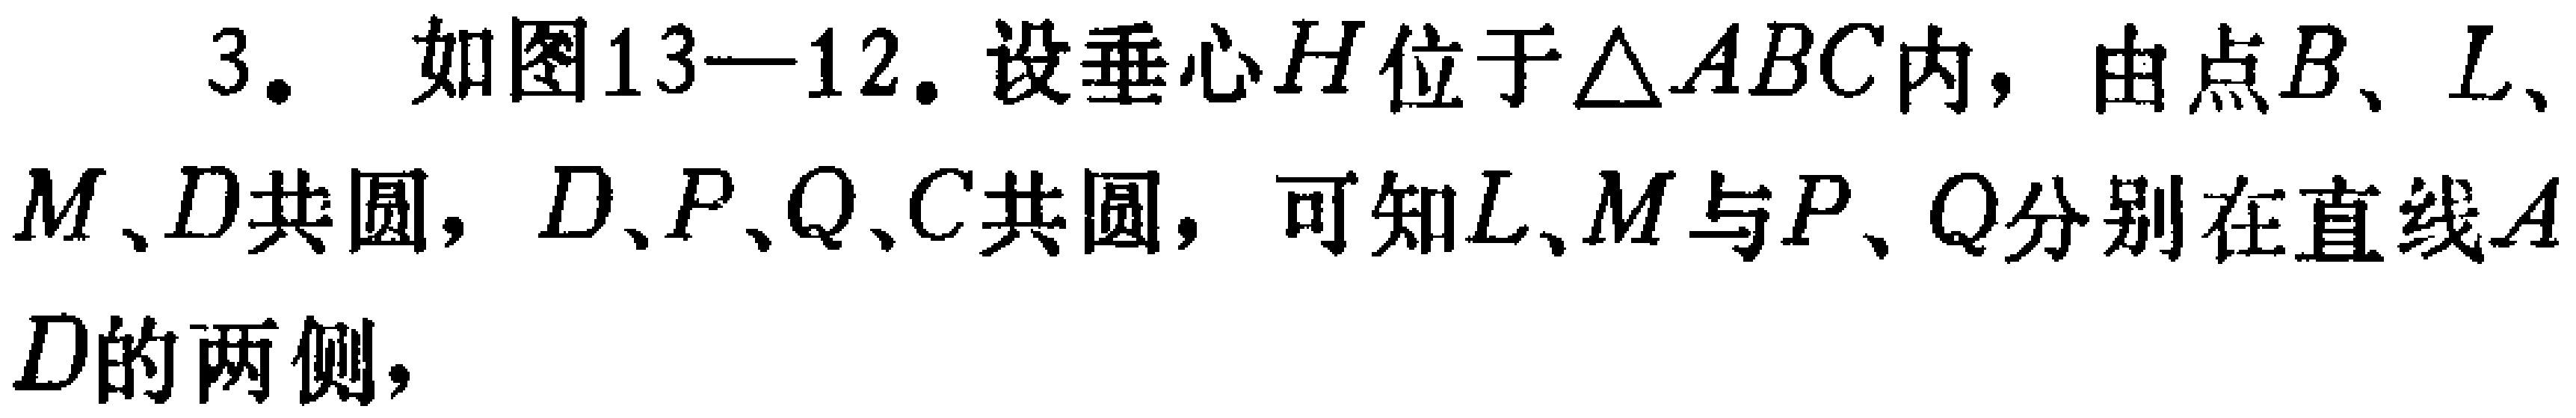
3. 如图13—12. 设垂心\(H\)位于\(\triangle ABC\)内，由点\(B、L、M、D\)共圆，\(D、P、Q、C\)共圆，可知\(L、M\)与\(P、Q\)分别在直线\(AD\)的两侧，